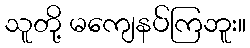
သူတို့ မကျေနပ်ကြဘူး။